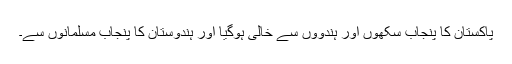
پاکستان کا پنجاب سکھوں اور ہندووں سے خالی ہوگیا اور ہندوستان کا پنجاب مسلمانوں سے۔